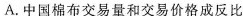
A.中国棉布交易量和交易价格成反比